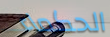
الحكماء